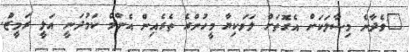
"ވެދާނެ މިސާލަކަށް އެގޮތަށް ލަވަކިޔާ މީހުންގެ ތެރެއިން އެންމެ ކަމުދަނީ އަލީ ރަމީޒުް.